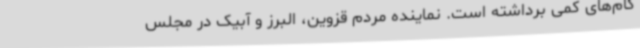
گام‌های کمی برداشته است. نماینده مردم قزوین، البرز و آبیک در مجلس